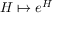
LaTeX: H \mapsto e ^ { H }